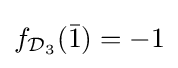
f_{{\mathcal {D}}_{3}}({\bar {1}})=-1